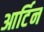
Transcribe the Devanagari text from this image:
आर्टिन